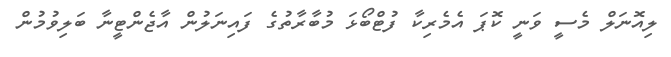
ލިއޮނަލް މެސީ ވަނީ ކޮޕަ އެމެރިކާ ފުޓްބޯޅަ މުބާރާތުގެ ފައިނަލުން އާޖެންޓީނާ ބަލިވުމުން